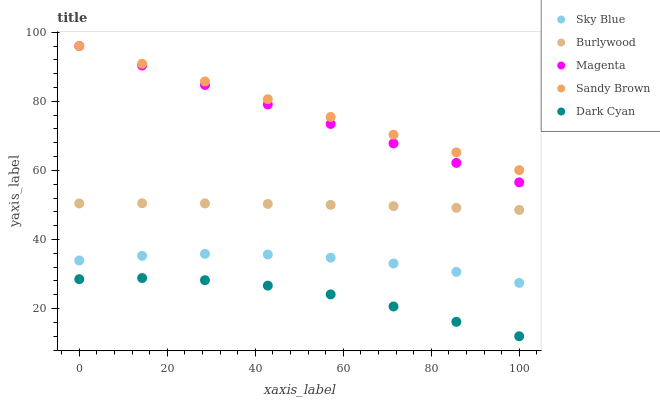
| xaxis_label | Sky Blue | Burlywood | Magenta | Sandy Brown | Dark Cyan |
 | --- | --- | --- | --- | --- | --- |
 | 0 | 33.9 | 50.4 | 96 | 96 | 28.5 |
 | 14.3 | 35.3 | 50.5 | 90.4 | 90.9 | 28.8 |
 | 28.6 | 35.8 | 50.5 | 84.7 | 85.7 | 28.2 |
 | 42.9 | 35.7 | 50.3 | 79.1 | 80.6 | 26.6 |
 | 57.1 | 34.7 | 50 | 73.4 | 75.5 | 24.1 |
 | 71.4 | 33.1 | 49.7 | 67.8 | 70.3 | 20.6 |
 | 85.7 | 30.6 | 49.2 | 62.2 | 65.2 | 16.2 |
 | 100 | 27.4 | 48.6 | 56.5 | 60.1 | 12 |